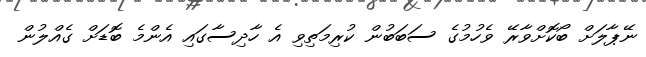
ނޭޕާލަށް ބޯކޮށްވާރޭ ވެހުމުގެ ސަބަބުން ކުރިމަތިވި އެ ހާދިސާގައި އެންމެ ބޮޑަށް ގެއްލުން